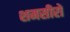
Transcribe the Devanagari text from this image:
शमसीरों